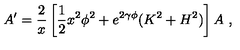
A ^ { \prime } = \frac { 2 } { x } \left[ \frac { 1 } { 2 } x ^ { 2 } \phi ^ { 2 } + e ^ { 2 \gamma \phi } ( K ^ { 2 } + H ^ { 2 } ) \right] A \ ,